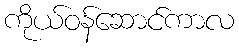
ကိုယ်ဝန်ဆောင်ကာလ